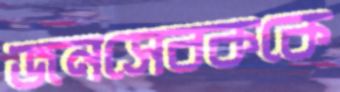
জনসেবককে